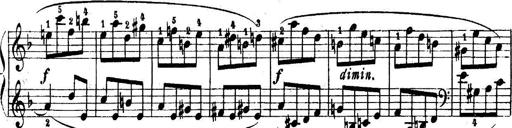
Title: 6 Piano Sonatinas
Composer: Cornelius Gurlitt